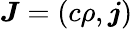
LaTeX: {\boldsymbol{J}}=(c\rho,{\boldsymbol{j}})